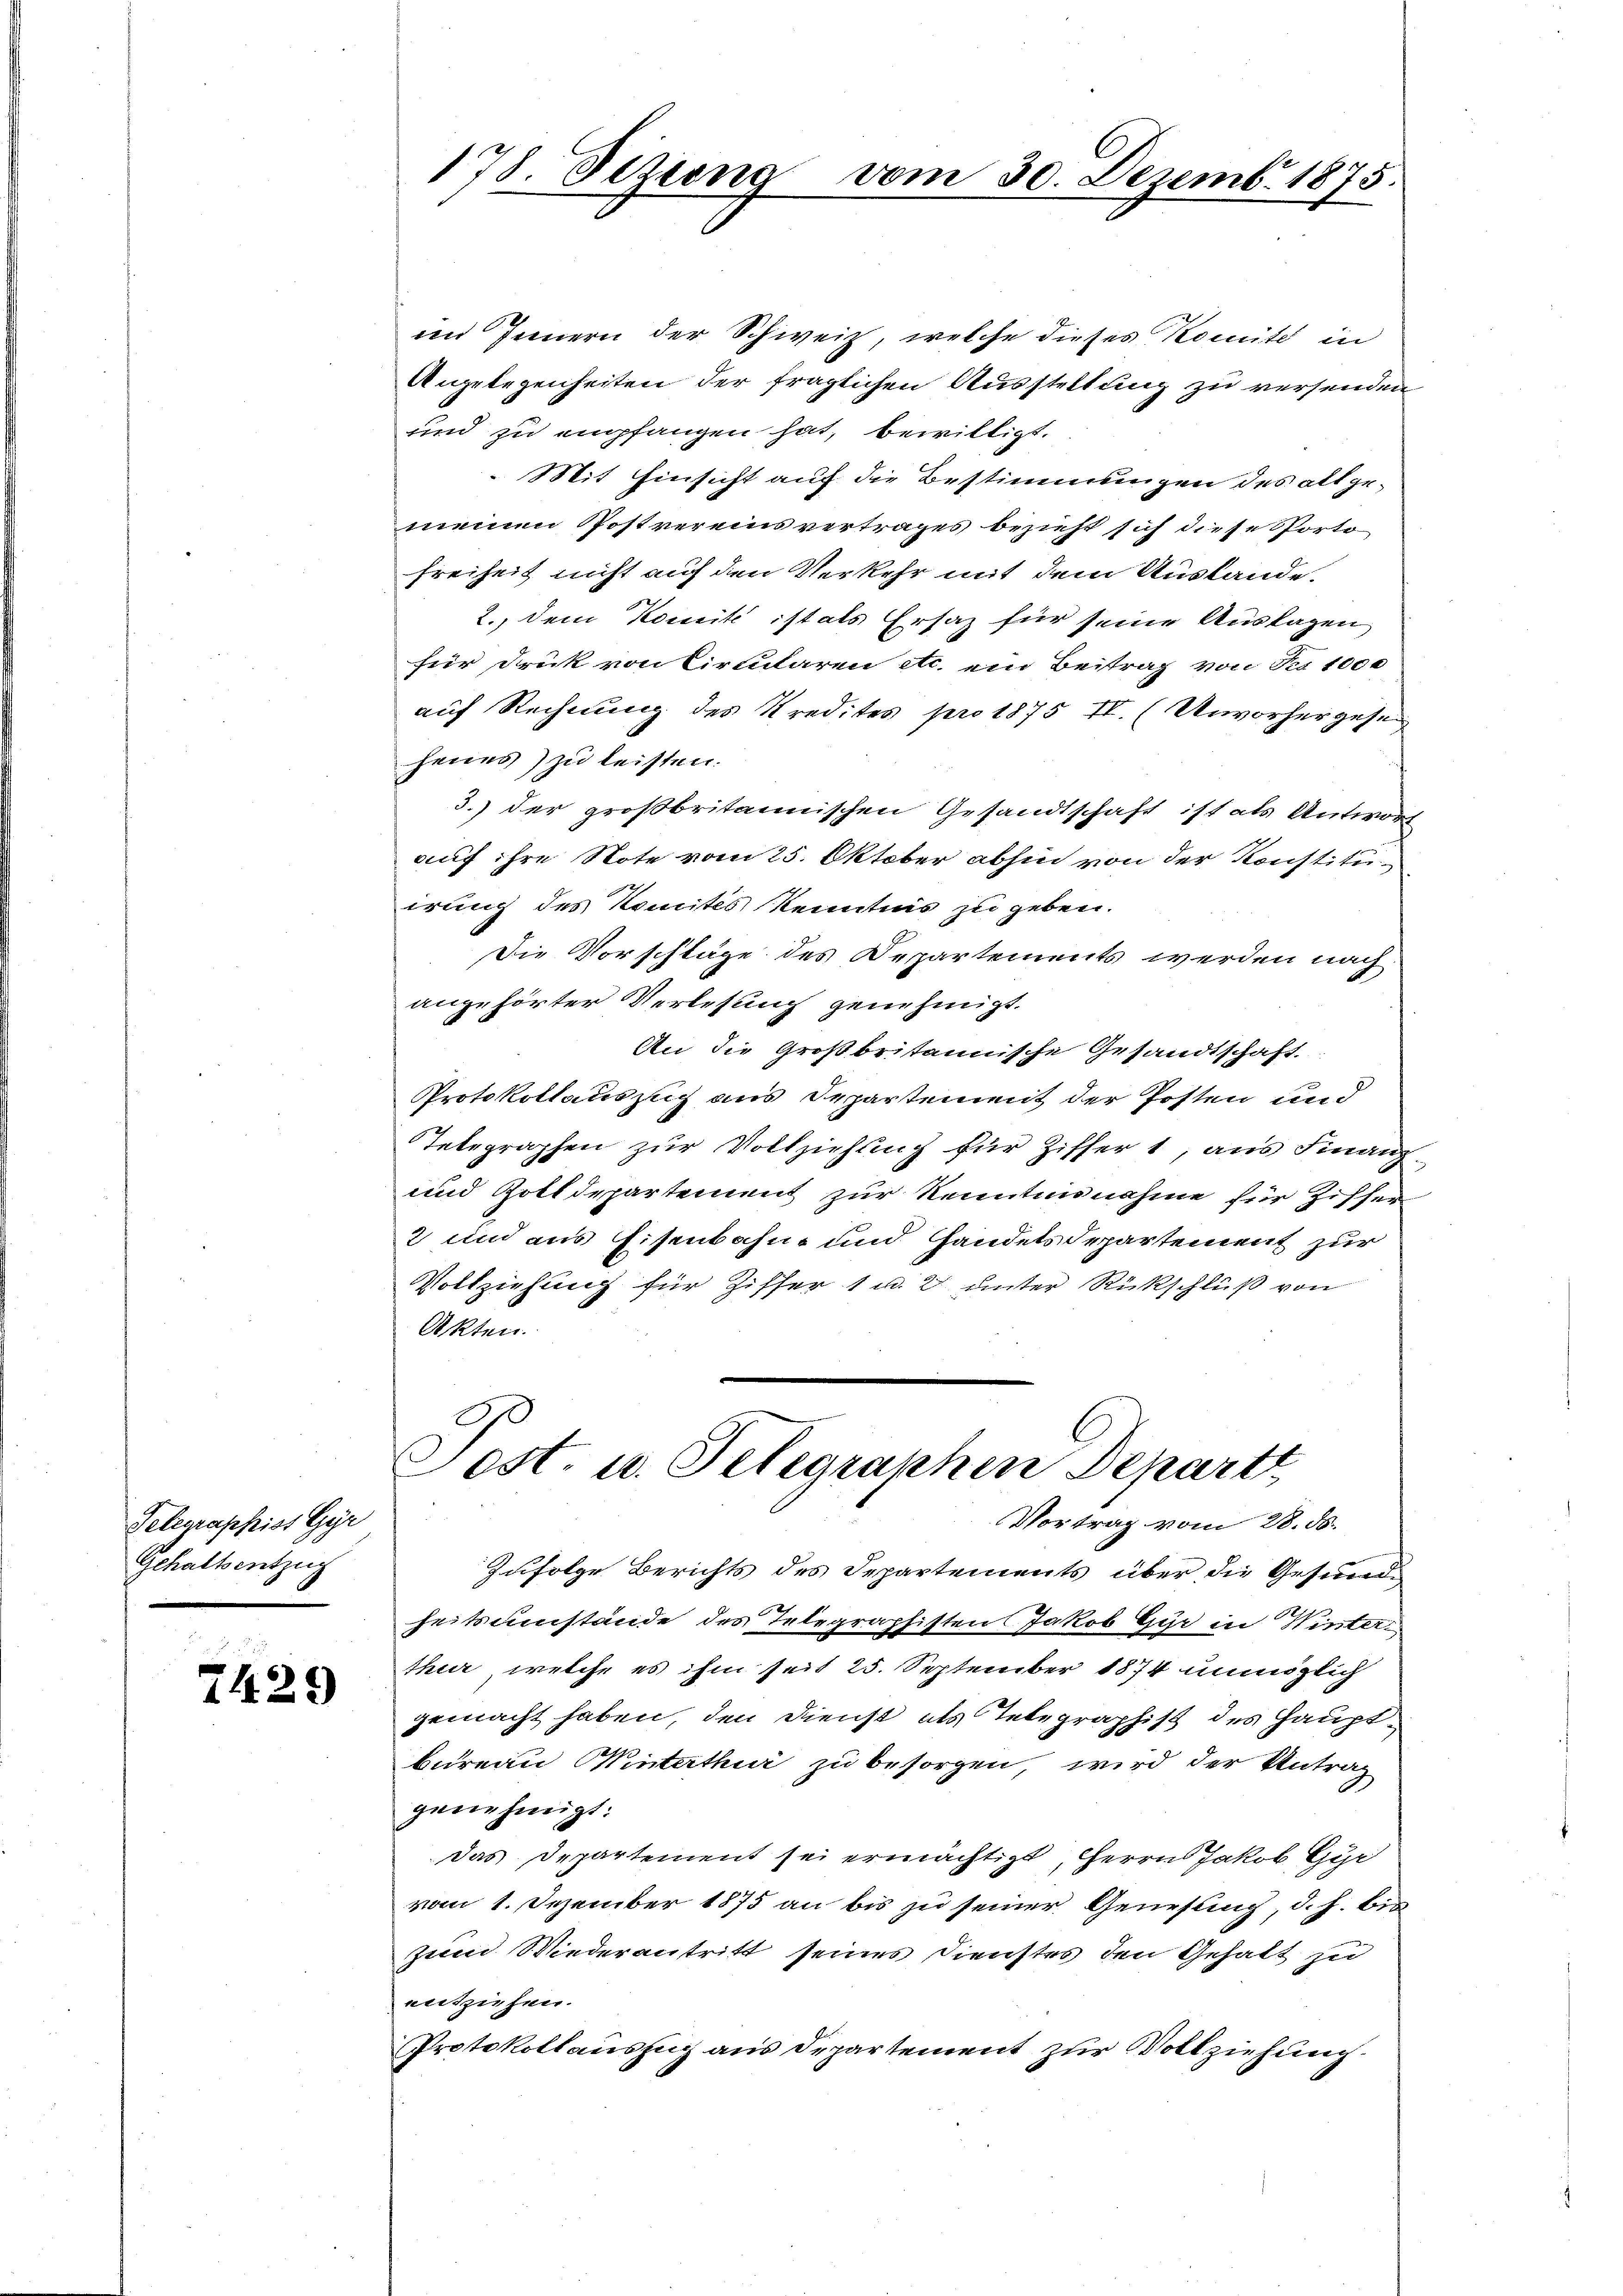
Telegraphist Gyr
Gehaltentzug

7429

im Innern der Schweiz, welche dieses Komite in
Angelegenheiten der fraglichen Ausstellung zu versenden
und zu empfangen hat, bewilligt.
 Mit Einsicht auf die Bestimmungen des allgemeinen Postvereinsvertrages bezieht sich diese Porto
Freiheit nicht auf den Verkehr mit dem Austande.
2., dem Komit ist als Ersatz für seine Auslagen
für Druck von Circularen etc. ein Beitrag von Fr. 1000
auf Rechnung des Kredites pro 1875 II. (Unvorhergese
henes) zu leisten.
3.) der großbritannischen Gesandtschaft ist als Antwort
auf ihre Note vom 25. Oktober abhin von der Konstituirung des Komités Kenntnis zu geben.
Die Vorschläge des Departements werden nach
angehörter Verlesung genehmigt.
An die Großbritannische Gesandtschaft
Protokollauszug aus Departement der Posten und
Tetegraphen zur Vollziehung für Ziffer 1, aus Finanz
und Zolldepartement zur Kenntnisnahme für Ziffer
2 und aus Eisenbahne und Handels Departement zur
Vollziehung für Ziffer 1 u. 2 unter Rückschluß von
Akten.
90

178. Sizung

vom 30. Dezemb. 1875.

Cost. u. Telegraphen Departt
Vortrag vom 28. ds.

Zufolge Berichts des Departements über die Gesundheitsumstände des Telegraphisten Jakob Gyr in Winter
thur, welche es ihm seit 25. September 1874 unmöglich
gemacht haben, den Dienst als Telegraphist des Hauptbureau Winterthur zu besorgen, wird der Antrag
genehmigt.
das Departement sei ermächtigt, Herrn Jakob Gur
vom 1. Dezember 1875 an bis zu seiner Genessing, d. h. bezem Wiederantritt seines Dienstes den Gehalt zu
entziehen.
Protokollauszug aus Departement zur Vollziehung.